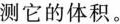
测它的体积。